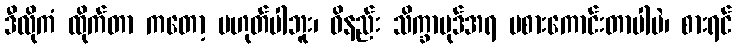
ဒီလိုကံ ထိုက်တာ ကတော့ မဟုတ်ပါဘူး၊ ဝိနည်း သိက္ခာပုဒ်အရ မစားကောင်းတာပါပဲ၊ စားရင်